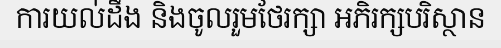
ការយល់ដឹង និងចូលរួមថែរក្សា អភិរក្សបរិស្ថាន